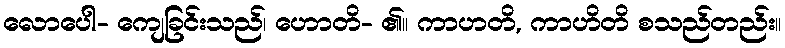
လောပေါ- ကျေခြင်းသည်၊ ဟောတိ- ၏။ ကာဟတိ, ကာဟိတိ စသည်တည်း။